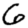
Digit: 6